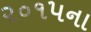
૨૦૧૫ના